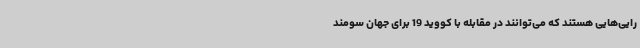
رایی‌هایی هستند که می‌توانند در مقابله با کووید 19 برای جهان سومند